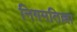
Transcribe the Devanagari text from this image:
निगमतिल्ला